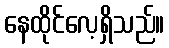
နေထိုင်လေ့ရှိသည်။